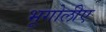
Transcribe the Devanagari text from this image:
भूगोलीए